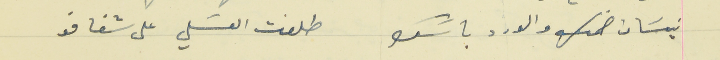
نيسَان ضمك والورد باسَك                                 طلعت العسَلي على شفافو